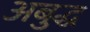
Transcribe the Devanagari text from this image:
अबुद्ध